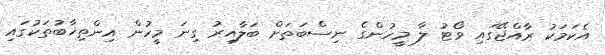
އެކަމަކު ރާއްޖޭގައި ވޯޓު ލާ މީހުންގެ ނިސްބަތަށް ބަލާއިރު ގިނަ މީހުން އިންތިޚާބުތަކުގައި